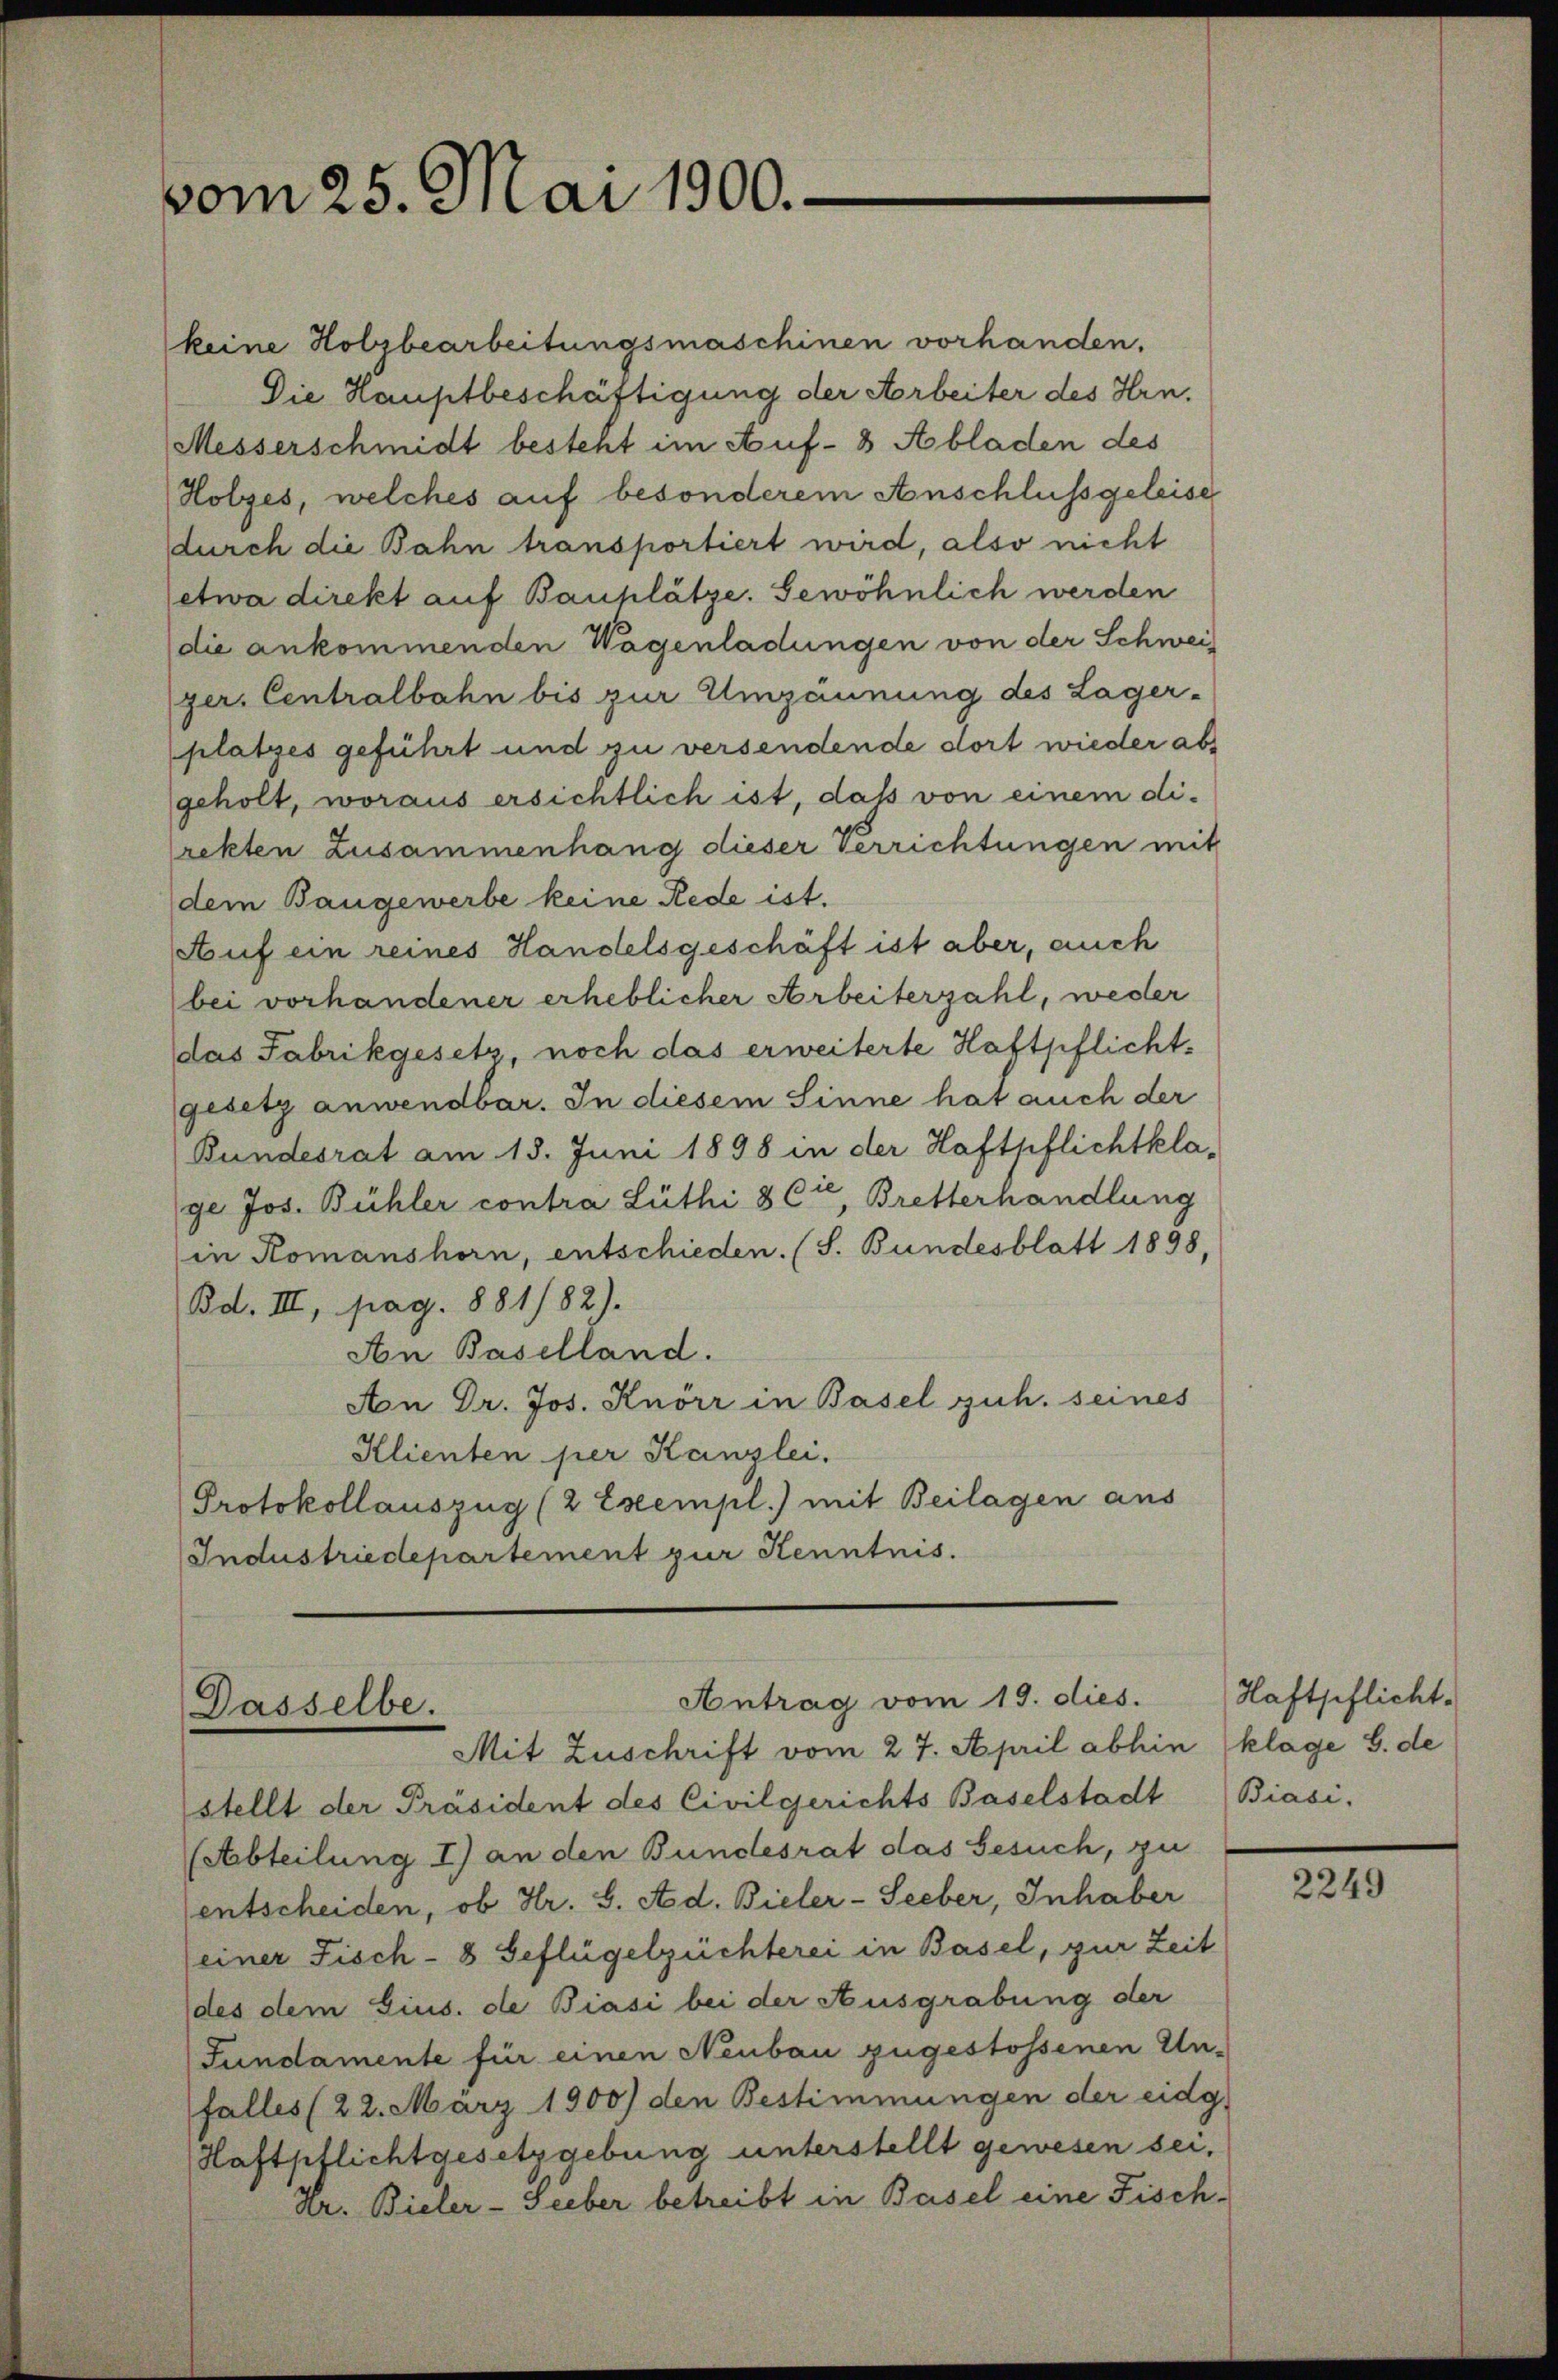
vom 25. Mai 1900.

Antrag vom 19. dies.
Dasselbe.
Mit Zuschrift vom 27. April abhin (klage S. de

keine Holzbearbeitungsmaschinen vorhanden.
Die Hauptbeschäftigung der Arbeiter des Hrn.
Messerschmidt besteht im Auf- & Abladen des
Holzes, welches auf besonderem Anschluss geleise
durch die Bahn transportiert wird, also nicht
etwa direkt auf Bauplätze. Gewöhnlich werden
die ankommenden Wagenladungen von der Schweiger. Centralbahn bis zur Umzännung des Lager-
platzes geführt und zu versendende dort wieder abs
geholt, woraus ersichtlich ist, daß von einem di-
rekten Zusammenhang dieser Verrichtungen mit
dem Baugewerbe keine Rede ist.
Auf ein reines Handelsgeschäft ist aber, auch
bei vorhandener erheblicher Arbeiterzahl, weder
das Fabrikgesetz, noch das erweiterte Haftpflichtgesetz anwendbar. In diesem Sinne hat auch der
Bundesrat am 15. Juni 1898 in der Haftpflichtkla-
ge Jos. Bühler contra Lüthi 8 Cie, Bretterhandlung
in Romanshorn, entschieden. (S. Bundesblatt 1898,
Bd. III, pag. 881/82).
An Baselland.
An Dr. Jos. Knörr in Basel guh. seines
Klienten per Kanzlei.
Protokollauszug (2 Exempl.) mit Beilagen aus
Industriedepartement zur Kenntnis.

stellt der Präsident des Civilgerichts Baselstadt Biasi-
(Abteilung 1) an den Bundesrat das Gesuch, zu
entscheiden, ob Hr. S. Ad. Bieler-Seeber, Inhaber
(einer Fisch-8 Geflügelzüchterei in Basel, zur Zeit
des dem Eins. de Biasi bei der Ausgrabung der
Fundamente für einen Neubau zugestossenen Un-
falles (22. März 1900) den Bestimmungen der eidg.
Haftpflichtgesetzgebung unterstellt gewesen sei,
Hr. Bieler-Seeber betreibt in Basel eine Fisch¬

Haftpflicht.

2249